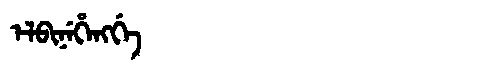
Manchu: ᡝᠯᠪᡳᠨᡝᡥᡝᠩᡤᡝ
Romanization: ELBINEHENGGE